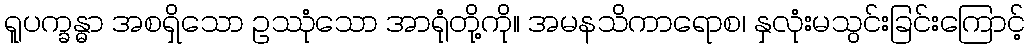
ရူပက္ခန္ဓာ အစရှိသော ဥဿုံသော အာရုံတို့ကို။ အမနသိကာရောစ၊ နှလုံးမသွင်းခြင်းကြောင့်